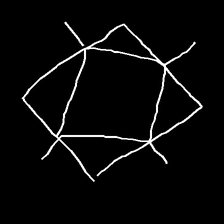
Glyph: light